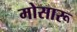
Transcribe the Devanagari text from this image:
मोसारू